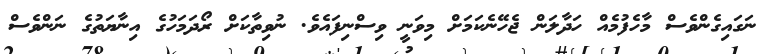
ނަގައިގެންވެސް މާހެފުމެއް ހަދާލަން ޖެހޭނެކަމަށް މިވަނީ ވިސްނިފައެވެ. ނުވިތާކަށް ރޯދަމަހުގެ އިނާޔަތުގެ ނަންވެސް